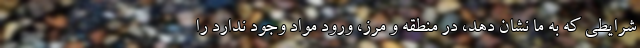
شرایطی که به ما نشان دهد، در منطقه و مرز، ورود مواد وجود ندارد را